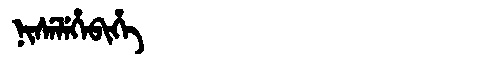
Manchu: ᠨᡳᠰᡝᠯᡝᡥᡝᠪᡳᡥᡝ
Romanization: NISELEHEBIHE